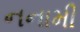
નનામી